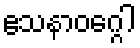
ဧသနာဝဂ္ဂေါ